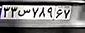
۳۳س۷۸۹۶۷